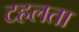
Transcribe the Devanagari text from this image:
टहलता